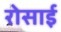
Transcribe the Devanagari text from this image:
रोसाई